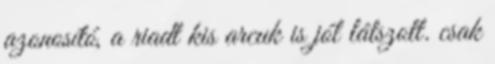
azonosító, a riadt kis arcuk is jól látszott. csak